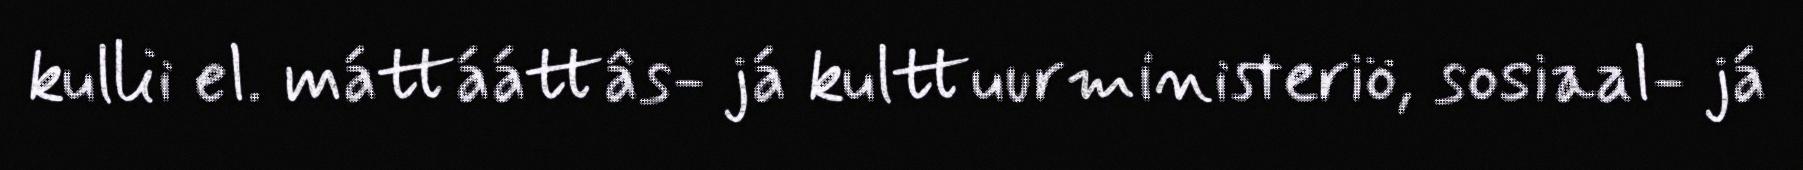
kullii el. máttááttâs- já kulttuurministeriö, sosiaal- já